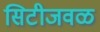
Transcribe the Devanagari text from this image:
सिटीजवळ